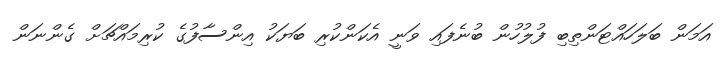
އަމަން ބަލަހައްޓަންތިބި ފުލުހުން ބުނެފައި ވަނީ އެކަންކުރި ބަޔަކު އިންސާފުގެ ކުރިމައްޗަށް ގެންނަން